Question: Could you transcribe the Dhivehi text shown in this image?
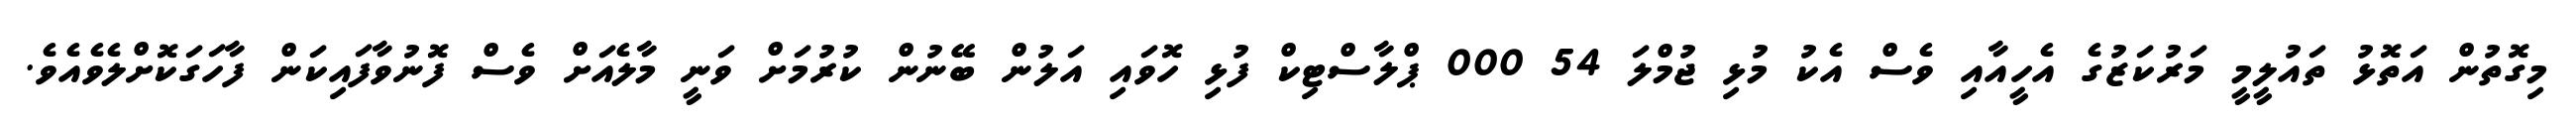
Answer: މިގޮތުން އަތޮޅު ތައުލީމީ މަރުކަޒުގެ އެހީއާއި ވެސް އެކު މުޅި ޖުމްލަ 54 000 ޕްލާސްޓިކް ފުޅި ހޮވައި އަލުން ބޭނުން ކުރުމަށް ވަނީ މާލެއަށް ވެސް ފޮނުވާފައިކަން ފާހަގަކޮށްލެވެއެވެ.